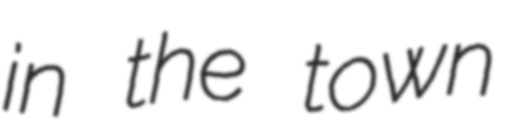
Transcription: in the town